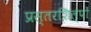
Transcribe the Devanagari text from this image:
प्रस्तरशिल्पों